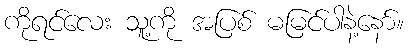
ကိုရင်လေး သူ့ကို အပြစ် မမြင်ပါနဲ့နော်။